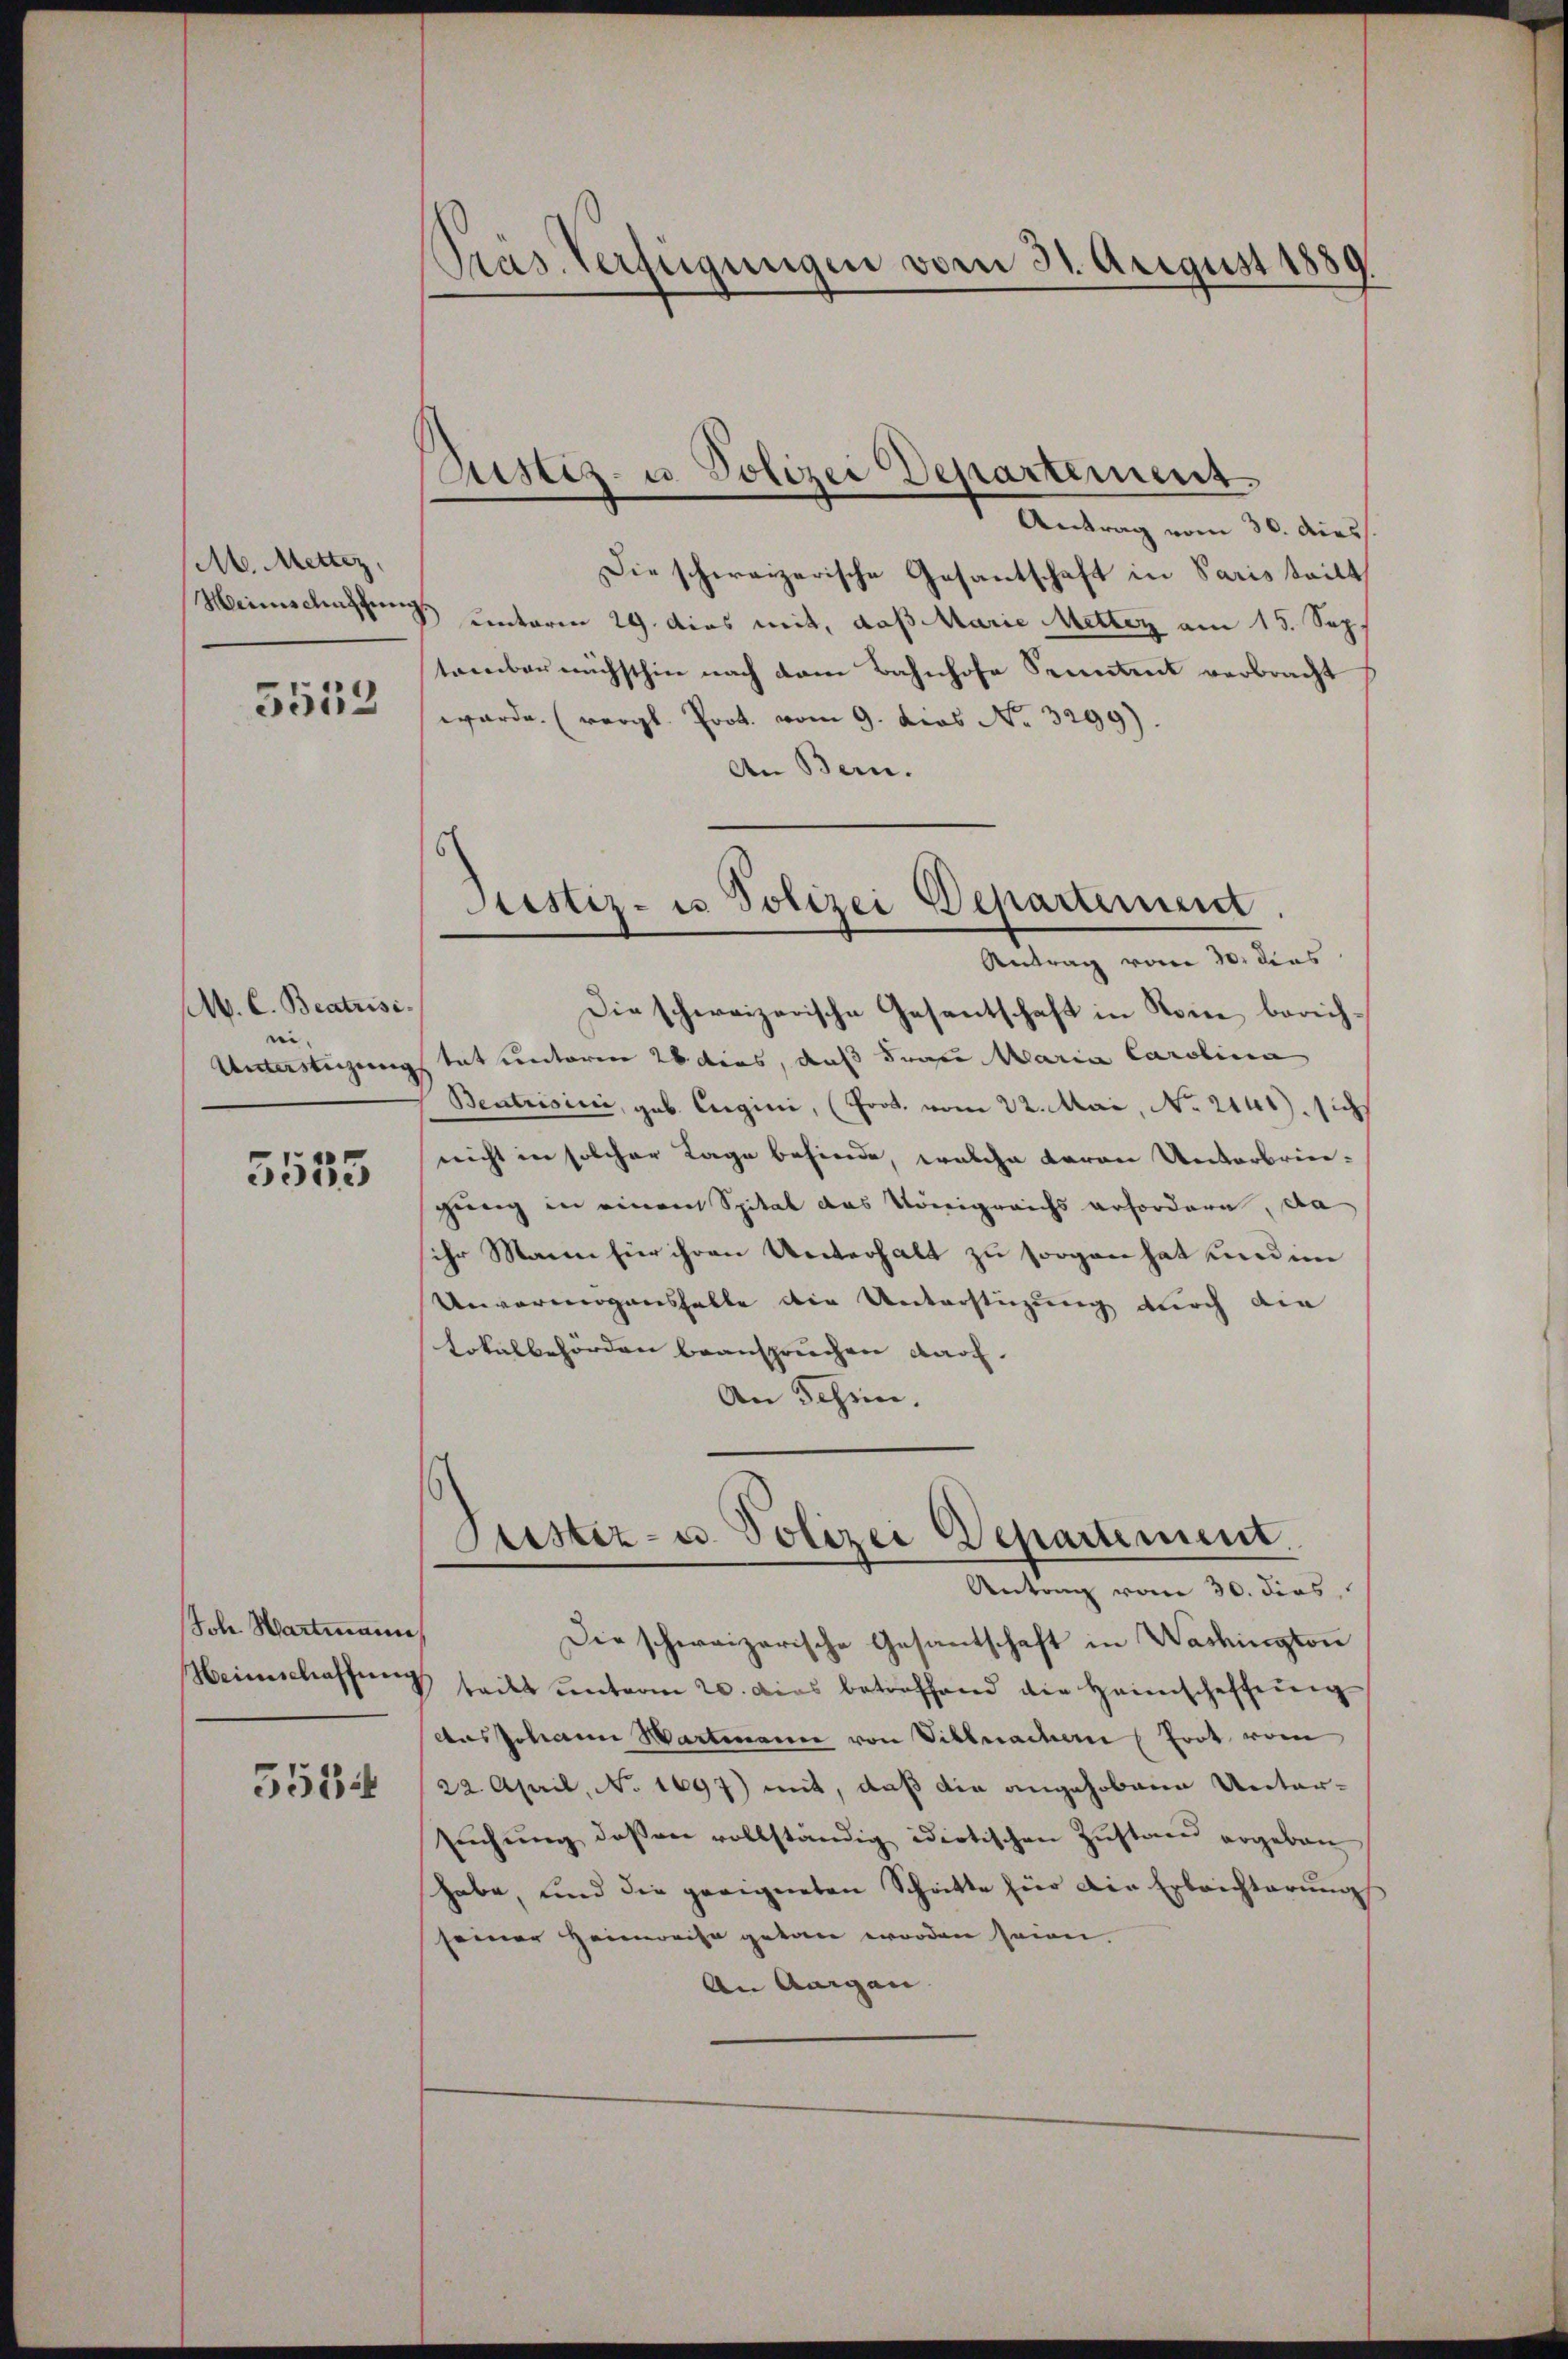
M. Mettiz,
Heinschaften

5552

M. C. Beatrisi

5555

Joh. Wartmann,

5534

Präs. Verfügungen vom 31. August 1889

Justiz- u. Polizei Departement.

Antrag vom 30. diess.
Die schweizerische Gesantschaft in Paris tritt
B unterm 29. dies mit, daß Marie Metter am 15. Sep
tomber nächsthin nach dem Bahnhofe Senntent verbracht
werde. (vergl. Prot. vom 9. dies No. 3299).
An Bern.
Die schweizerische Gesantschaft in Nein, berich¬
Untersteigung tat unteren 26 dies, daß Frau Maria Carolina
Bentrisini, geb. Eugini, (Prot. vom 22. Mai, No. 2141). sich
nicht in solcher Tage befinde, welche daran Unterbriegung in einem Spital das Königreichs erfordern, da
ihr Mann für ihren Unterhalt zu sorgen hat und im
Unvermögenshalte die Unterstüzung durch die
tokalbehörden beanspruchen durch.
An Schein.
Justiz- u. Polizei Departement.
Antrag vom 30. dies
Die schweizerische Gesantschaft in Washington
Meinschaffung teilt unterm 20. Das betreffend die Heimschaffung
dus Johann Hartmann von Villmacher Trot vom
22. April, No 1697) mit, daß die angehobene Untersŭchŭng deßen vollständig idiotischen Zŭstand ergeben
habe, und die geeigneten Schritte für die Erbrechterung
seiner Heimreise getan worden seien.
An angen. |

Justiz- u Polizei Departement.
Antrag vom 30. dies